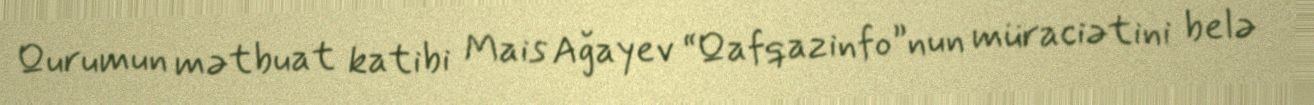
Qurumun mətbuat katibi Mais Ağayev “Qafqazinfo”nun müraciətini belə